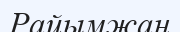
Райымжан